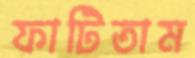
ফাটিতাম